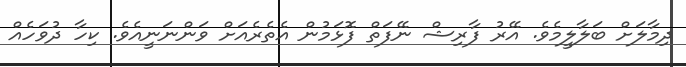
ދިމާލަށް ބަލާލީމެވެ. އޭރު ފާރިޝް ނޭފަތް ފޮޅަމުން އެތެރެއަށް ވަންނަނީއެވެ. ކިހާ ދުވަހެއް